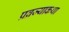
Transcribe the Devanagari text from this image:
प्रव्रज्याकथा